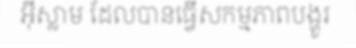
អ៊ីស្លាម ដែលបានធ្វើសកម្មភាពបង្ហូរ